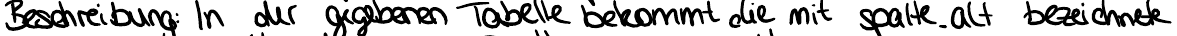
Beschreibung: In der gegebenen Tabelle bekommt die mit spalte_alt bezeichnete